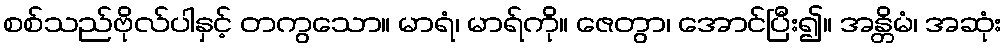
စစ်သည်ဗိုလ်ပါနှင့် တကွသော။ မာရံ၊ မာရ်ကို။ ဇေတွာ၊ အောင်ပြီး၍။ အန္တိမံ၊ အဆုံး